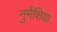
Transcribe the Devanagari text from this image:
नुमेंशिया